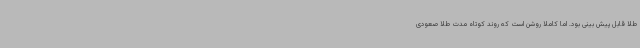
طلا قابل پیش بینی بود. اما کاملا روشن است که روند کوتاه مدت طلا صعودی